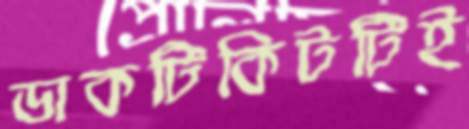
ডাকটিকিটটিই